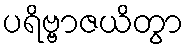
ပရိဗ္ဗာဇယိတွာ